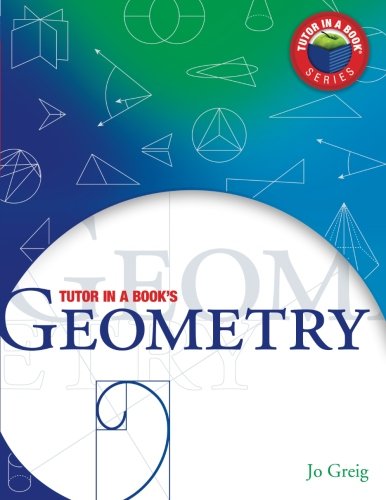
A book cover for Tutor in a Book's Geometry; Jo Greig; Test Preparation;